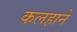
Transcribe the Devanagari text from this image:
कलहाने